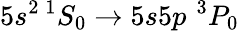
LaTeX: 5s^{2}\, ^{1}S_{0}\to 5s5p\, \, ^{3}P_{0}